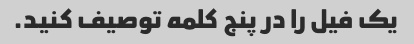
یک فیل را در پنج کلمه توصیف کنید.